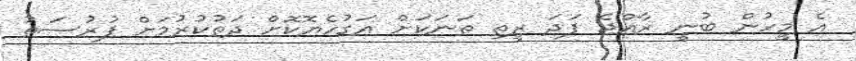
އެ މީހުން ބުނީ ރާއްޖެ ފަދަ ރީތި ތަނަކަށް އަގުހެޔޮކޮށް ދަތުކުރުމަށް ފުރުސަތު